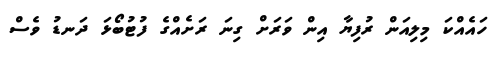
ހައެއްކަ މިލިއަން ރުފިޔާ އިން ވަރަށް ގިނަ ރަށެއްގެ ފުޓުބޯޅަ ދަނޑު ވެސް